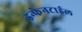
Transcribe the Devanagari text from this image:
इन्फेनटाईल